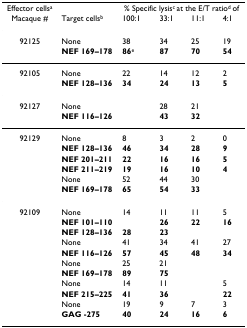
<table><thead><tr><td><b>Effector cells<sup>a</sup></b></td><td></td><td colspan="4"><b>% Specific lysis<sup>c </sup>at the E/T ratio<sup>d </sup>of</b></td></tr><tr><td><b>Macaque #</b></td><td><b>Target cells<sup>b</sup></b></td><td><b>100:1</b></td><td><b>33:1</b></td><td><b>11:1</b></td><td><b>4:1</b></td></tr></thead><tbody><tr><td>92125</td><td>None</td><td>38</td><td>34</td><td>25</td><td>19</td></tr><tr><td></td><td><b>NEF 169–178</b></td><td><b>86</b><sup>e</sup></td><td><b>87</b></td><td><b>70</b></td><td><b>54</b></td></tr><tr><td>92105</td><td>None</td><td>22</td><td>14</td><td>12</td><td>2</td></tr><tr><td></td><td><b>NEF 128–136</b></td><td><b>34</b></td><td><b>24</b></td><td><b>13</b></td><td><b>5</b></td></tr><tr><td>92127</td><td>None</td><td></td><td>28</td><td>21</td><td></td></tr><tr><td></td><td><b>NEF 116–126</b></td><td></td><td><b>43</b></td><td><b>32</b></td><td></td></tr><tr><td>92129</td><td>None</td><td>8</td><td>3</td><td>2</td><td>0</td></tr><tr><td></td><td><b>NEF 128–136</b></td><td><b>46</b></td><td><b>34</b></td><td><b>28</b></td><td><b>9</b></td></tr><tr><td></td><td><b>NEF 201–211</b></td><td><b>22</b></td><td><b>16</b></td><td><b>16</b></td><td><b>5</b></td></tr><tr><td></td><td><b>NEF 211–219</b></td><td><b>19</b></td><td><b>16</b></td><td><b>10</b></td><td><b>4</b></td></tr><tr><td></td><td>None</td><td>52</td><td>44</td><td>30</td><td></td></tr><tr><td></td><td><b>NEF 169–178</b></td><td><b>65</b></td><td><b>54</b></td><td><b>33</b></td><td></td></tr><tr><td>92109</td><td>None</td><td>14</td><td>11</td><td>11</td><td>5</td></tr><tr><td></td><td><b>NEF 101–110</b></td><td></td><td><b>26</b></td><td><b>22</b></td><td><b>16</b></td></tr><tr><td></td><td><b>NEF 128–136</b></td><td><b>28</b></td><td><b>23</b></td><td></td><td></td></tr><tr><td></td><td>None</td><td>41</td><td>34</td><td>41</td><td>27</td></tr><tr><td></td><td><b>NEF 116–126</b></td><td><b>57</b></td><td><b>45</b></td><td><b>48</b></td><td><b>34</b></td></tr><tr><td></td><td>None</td><td>25</td><td>21</td><td></td><td></td></tr><tr><td></td><td><b>NEF 169–178</b></td><td><b>89</b></td><td><b>75</b></td><td></td><td></td></tr><tr><td></td><td>None</td><td>14</td><td>11</td><td></td><td>5</td></tr><tr><td></td><td><b>NEF 215–225</b></td><td><b>41</b></td><td><b>36</b></td><td></td><td><b>22</b></td></tr><tr><td></td><td>None</td><td>19</td><td>9</td><td>7</td><td>3</td></tr><tr><td></td><td><b>GAG </b><b>-275</b></td><td><b>40</b></td><td><b>24</b></td><td><b>16</b></td><td><b>6</b></td></tr></tbody></table>